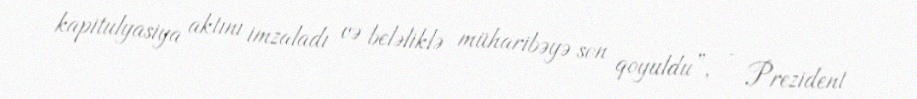
kapitulyasiya aktını imzaladı və beləliklə müharibəyə son qoyuldu”, - Prezident